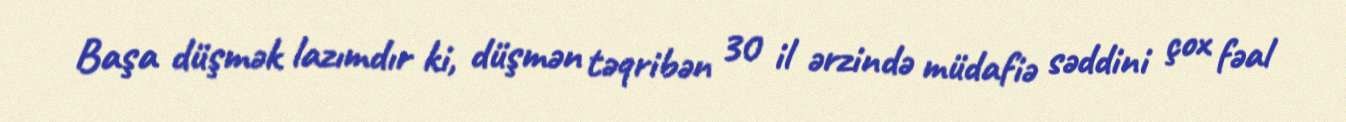
Başa düşmək lazımdır ki, düşmən təqribən 30 il ərzində müdafiə səddini çox fəal